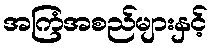
အကြံအစည်များနှင့်